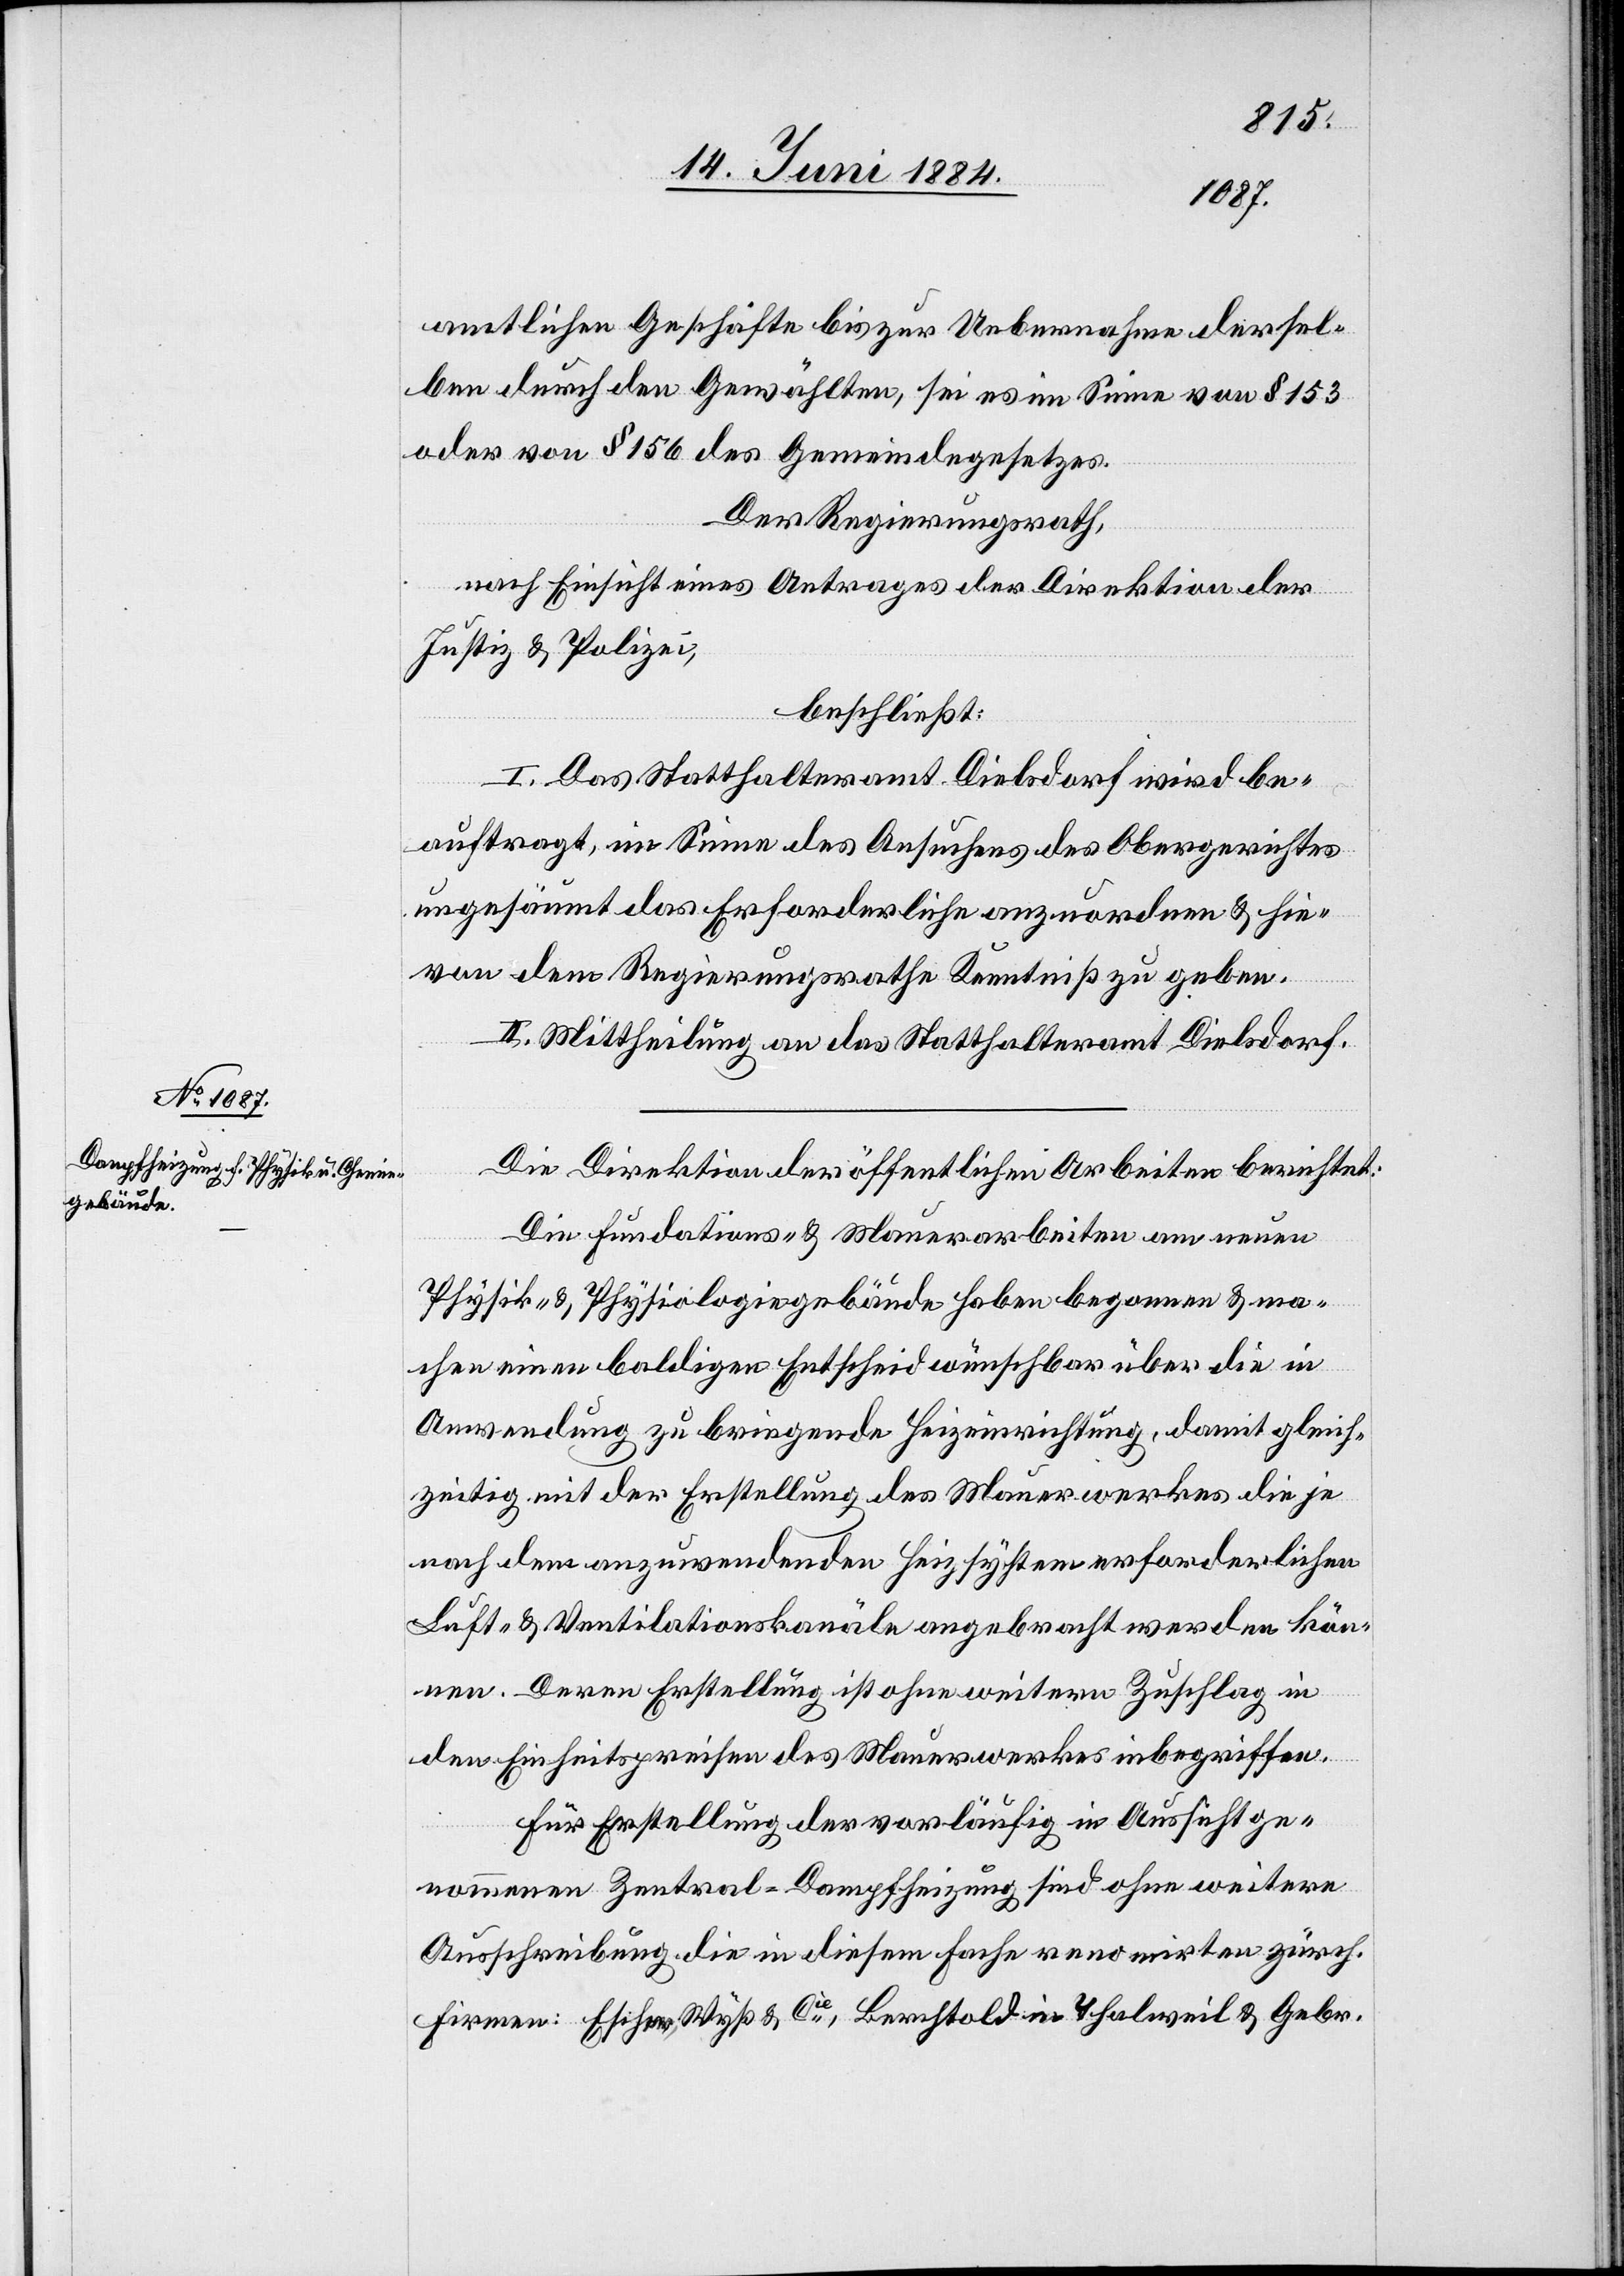
amtlichen Geschäfte bis zur Uebernahme dersel¬
ben durch den Gewählten, sei es im Sinne von § 153
oder von § 156 des Gemeindegesetzes.
Der Regierungsrath,
nach Einsicht eines Antrages der Direktion der
Justiz & Polizei,
beschließt:
I. Das Statthalteramt Dielsdorf wird be¬
auftragt, im Sinne des Ansuchens des Obergerichtes
ungesäumt das Erforderliche anzuordnen & hie¬
von dem Regierungsrathe Kenntniß zu geben.
II. Mittheilung an das Statthalteramt Dielsdorf.
Die Direktion der öffentlichen Arbeiten berichtet:
Die Fundations- & Mauerarbeiten am neuen
Physik- & Physiologiegebäude haben begonnen & ma¬
chen einen baldigen Entscheid wünschbar über die in
Anwendung zu bringende Heizeinrichtung, damit gleich¬
zeitig mit der Erstellung des Mauerwerkes die je
nach dem anzuwendenden Heizsystem erforderlichen
Luft- & Ventilationskanäle angebracht werden kön¬
nen. Deren Erstellung ist ohne weitern Zuschlag in
den Einheitspreisen des Mauerwerkes inbegriffen.
Für Erstellung der vorläufig in Aussicht ge¬
nommenen Zentral-Dampfheizung sind ohne weitere
Ausschreibung die in diesem Fache renomirten zürch.
Firmen: Escher, Wyß & Cie, Berchtold in Thalweil & Gebr.